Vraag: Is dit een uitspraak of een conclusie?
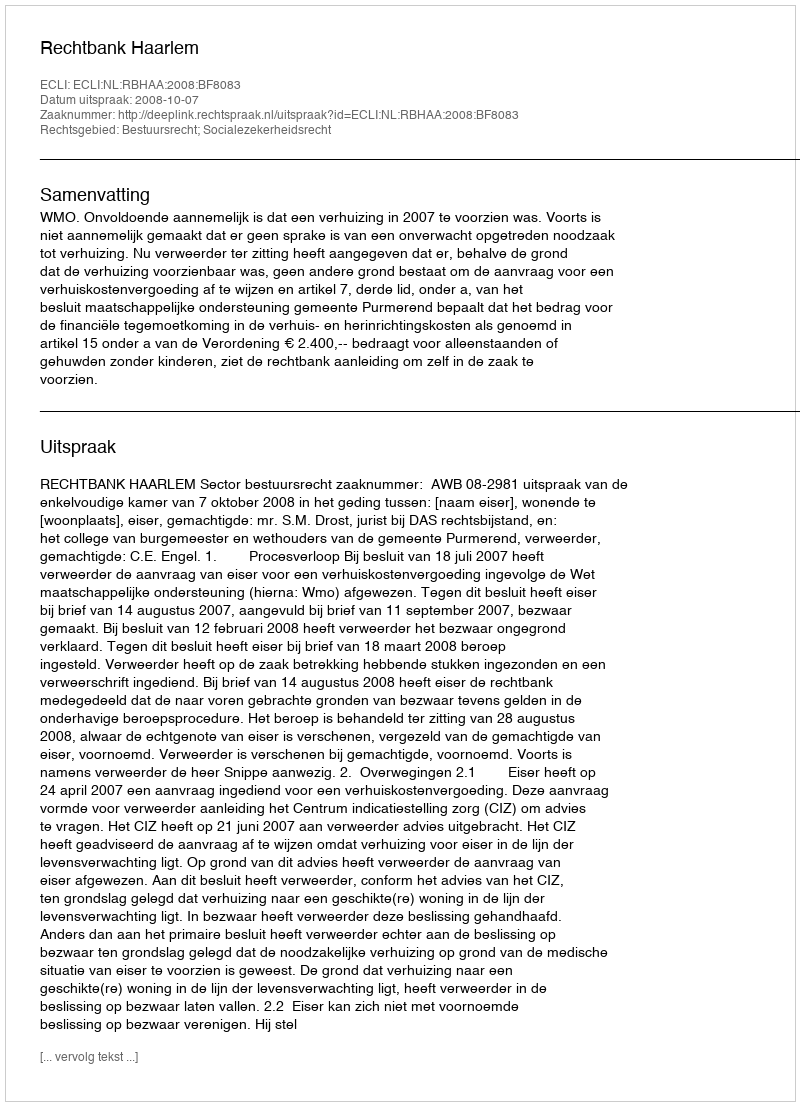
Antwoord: Uitspraak